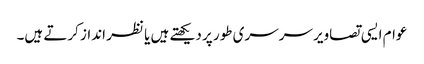
عوام ایسی تصاویر سرسری طور پر دیکھتے ہیں یا نظر انداز کرتے ہیں۔